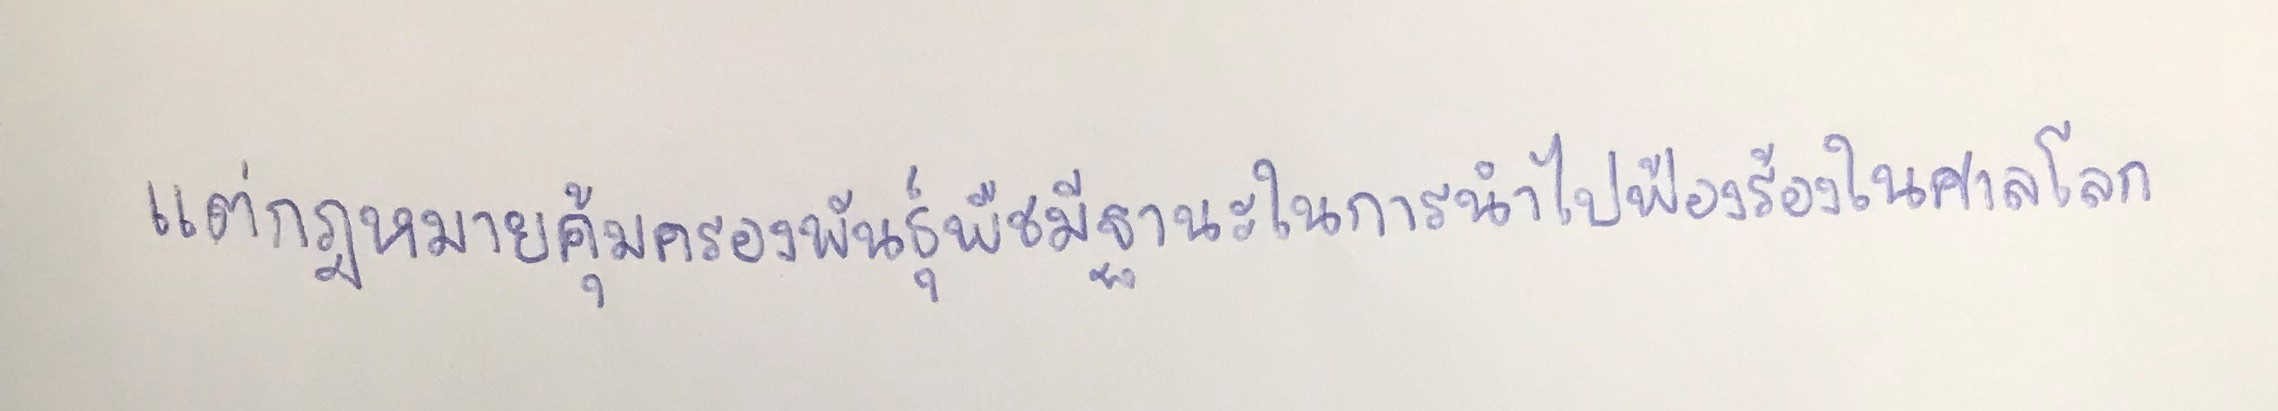
แต่กฎหมายคุ้มครองพันธุ์พืชมีฐานะในการนำไปฟ้องร้องในศาลโลก